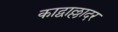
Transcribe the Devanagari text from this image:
काद्वाल्लादर